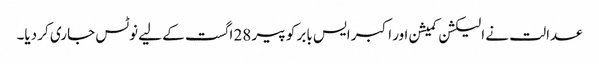
عدالت نے الیکشن کمیشن اور اکبر ایس بابر کو پیر 28 اگست کے لیے نوٹس جاری کر دیا۔